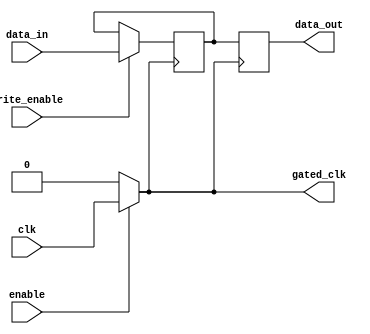
module clock_gated_memory (
    input wire clk,            // Input clock
    input wire enable,         // Enable signal
    input wire [7:0] data_in,  // Data input for memory
    input wire write_enable,    // Write enable signal
    output reg [7:0] data_out,  // Data output from memory
    output wire gated_clk       // Gated clock output
);

    // Memory storage (example: 256 x 8-bit SRAM)
    reg [7:0] memory [0:255];
    reg gated_clk_reg;

    // Clock gating logic
    always @(*) begin
        if (enable) begin
            gated_clk_reg = clk; // Pass the clock through when enabled
        end else begin
            gated_clk_reg = 1'b0; // Gate the clock when disabled
        end
    end

    assign gated_clk = gated_clk_reg;

    // Memory operation
    always @(posedge gated_clk) begin
        if (write_enable) begin
            // Write data to memory
            memory[0] <= data_in; // Example: writing to address 0
        end
        // Read data from memory
        data_out <= memory[0]; // Example: reading from address 0
    end

endmodule